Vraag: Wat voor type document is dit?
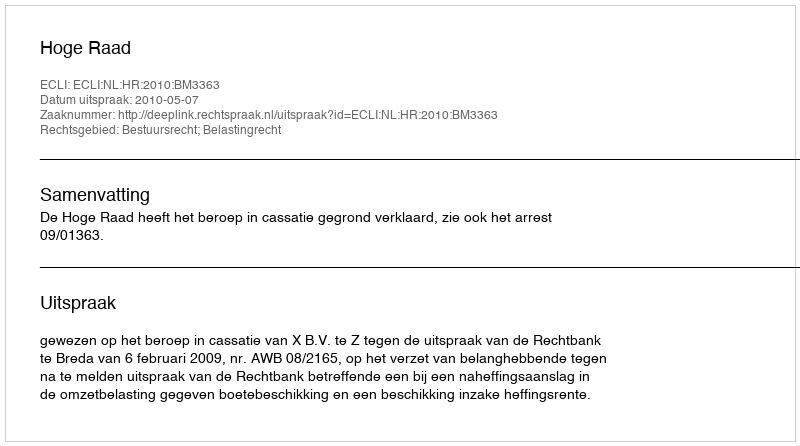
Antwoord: Uitspraak